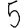
Digit: 5